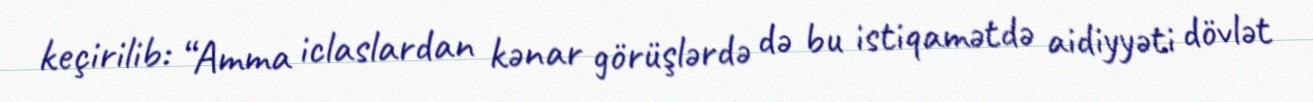
keçirilib: “Amma iclaslardan kənar görüşlərdə də bu istiqamətdə aidiyyəti dövlət